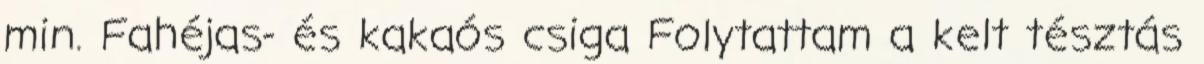
min. Fahéjas- és kakaós csiga Folytattam a kelt tésztás